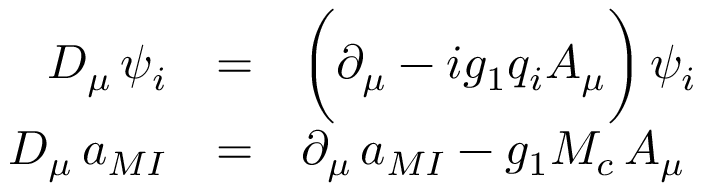
\begin{array} { r c l } { { D _ { \mu } \, \psi _ { i } } } & { { = } } & { { \biggl ( \partial _ { \mu } - i g _ { 1 } q _ { i } A _ { \mu } \biggr ) \, \psi _ { i } } } \\ { { D _ { \mu } \, a _ { M I } } } & { { = } } & { { \partial _ { \mu } \, a _ { M I } - g _ { 1 } M _ { c } \, A _ { \mu } } } \end{array}